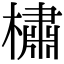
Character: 橚